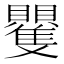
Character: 𮚭